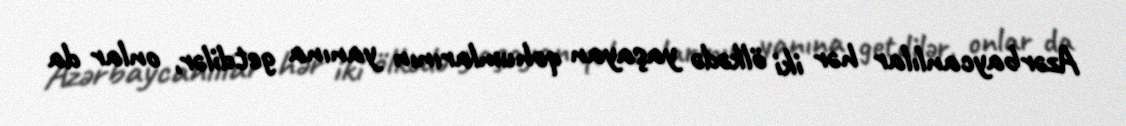
Azərbaycanlılar hər iki ölkədə yaşayan qohumlarının yanına getdilər, onlar da